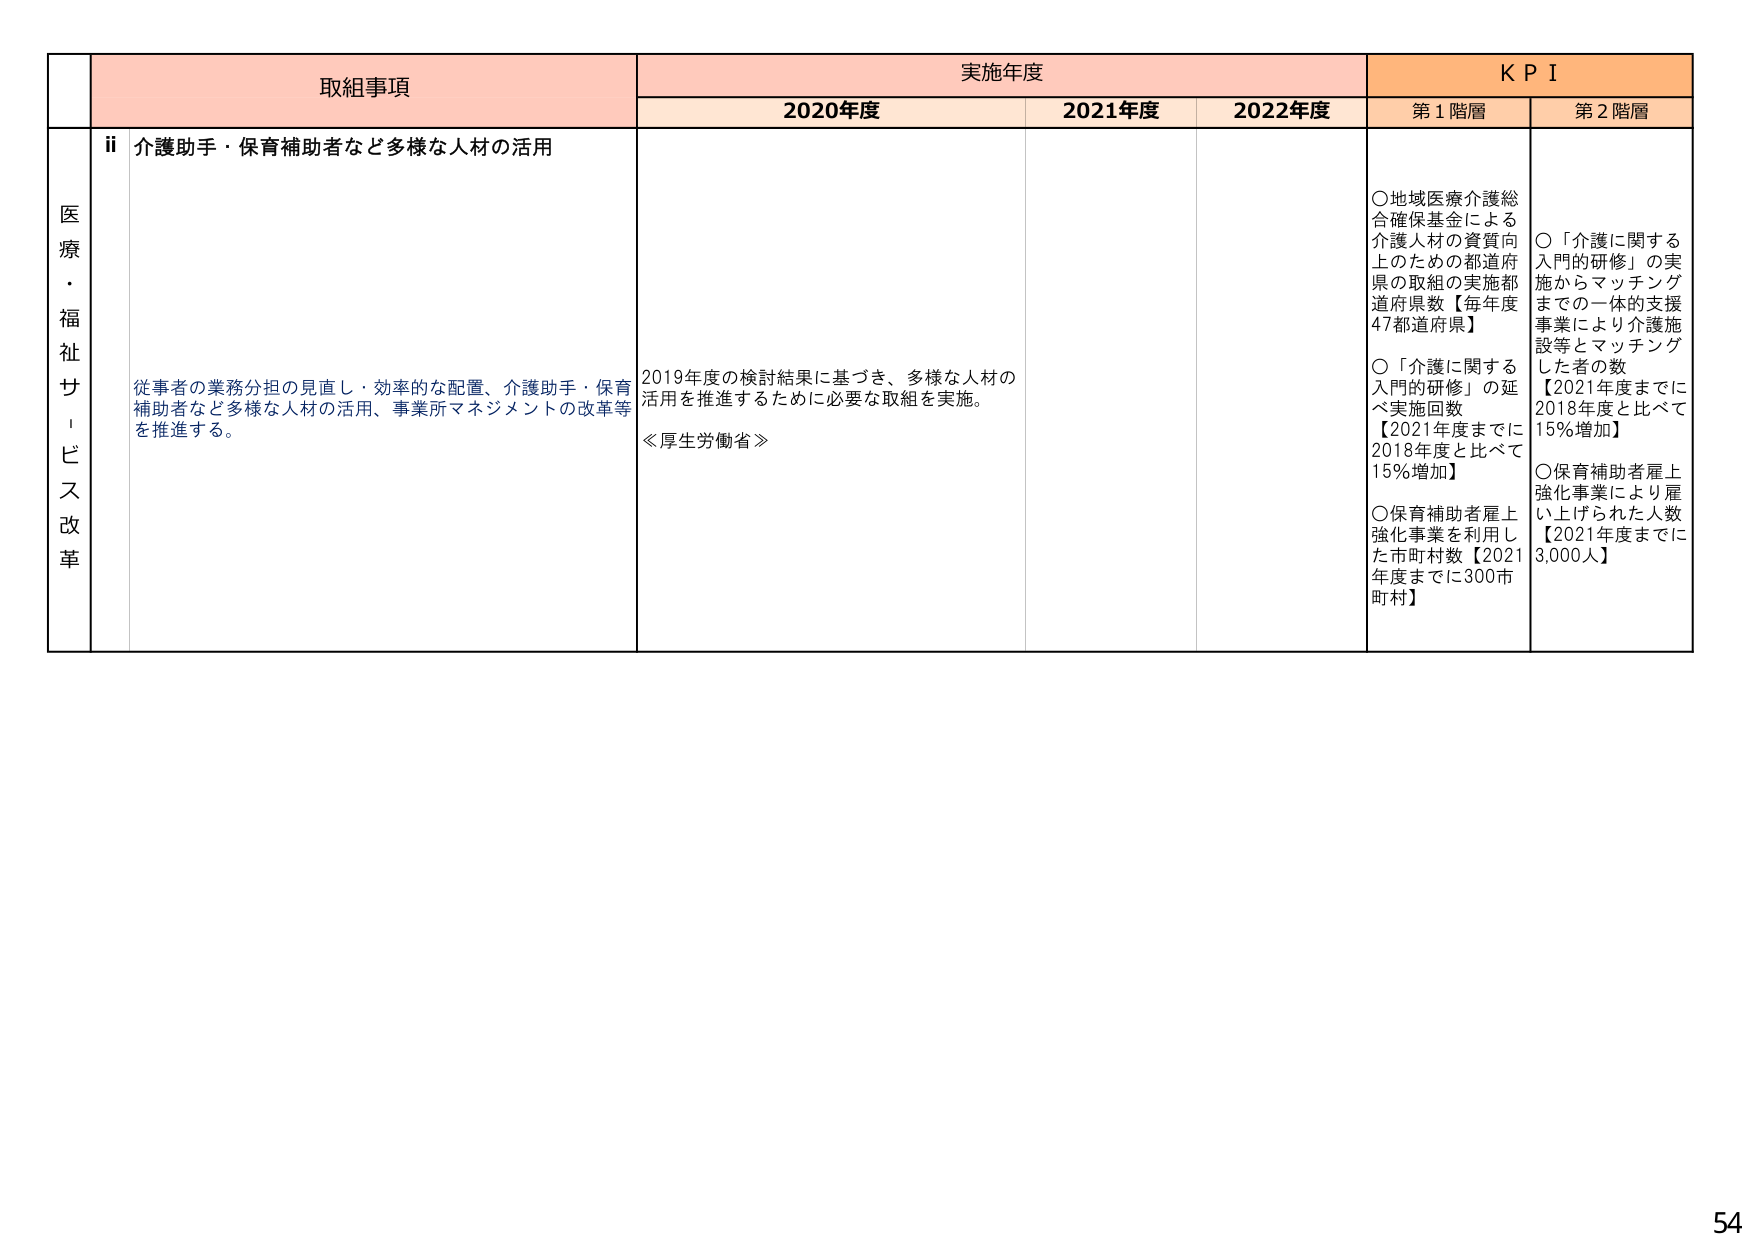
取組事項
実施年度
K P I
2020年度
2021年度
2022年度
第1階層
第2階層
医療・福祉サービス改革
ii 介護助手・保育補助者など多様な人材の活用
従事者の業務分担の見直し・効率的な配置、介護助手・保育補助者など多様な人材の活用、事業所マネジメントの改革等を推進する。
2019年度の検討結果に基づき、多様な人材の活用を推進するために必要な取組を実施。
≪厚生労働省≫
〇地域医療介護総合確保基金による介護人材の資質向上のための都道府県の取組の実施都道府県数【毎年度47都道府県】
〇「介護に関する入門的研修」の延べ実施回数【2021年度までに2018年度と比べて15％増加】
〇保育補助者雇上強化事業を利用した市町村数【2021年度までに300市町村】
〇「介護に関する入門的研修」の実施からマッチングまでの一休的支援事業により介護施設等とマッチングした者の数【2021年度までに2018年度と比べて15％増加】
〇保育補助者雇上強化事業により雇い上げられた人数【2021年度までに3,000人】
54